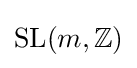
{\text{SL}}(m,\mathbb {Z} )